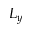
L _ { y }